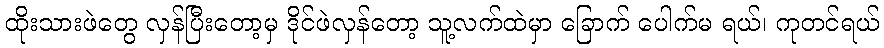
ထိုးသားဖဲတွေ လှန်ပြီးတော့မှ ဒိုင်ဖဲလှန်တော့ သူ့လက်ထဲမှာ ခြောက် ပေါက်မ ရယ်၊ ကုတင်ရယ်